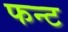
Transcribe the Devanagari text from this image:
फन्ट